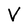
Character: V